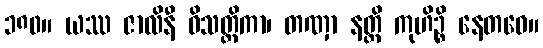
၁၈၀။ ယဿ ဇာလိနီ ဝိသတ္တိကာ၊ တဏှာ နတ္ထိ ကုဟိဉ္စိ နေတဝေ။